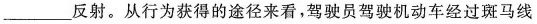
___反射。从行为获得的途径来看，驾驶员驾驶机动车经过斑马线